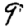
Digit: 9